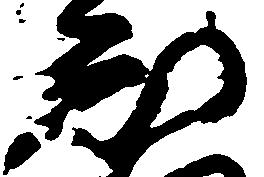
知